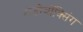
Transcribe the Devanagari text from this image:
शेडोबॉक्सिंग